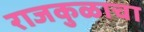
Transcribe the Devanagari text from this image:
राजकुळाचा